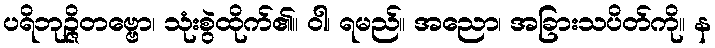
ပရိဘုဉ္ဇိတဗ္ဗော၊ သုံးစွဲထိုက်၏။ ဝါ၊ ရမည်။ အညော၊ အခြားသပိတ်ကို။ န